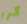
كرر